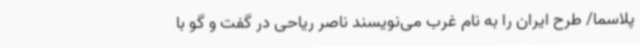
پلاسما/ طرح ایران را به نام غرب می‌نویسند ناصر ریاحی در گفت و گو با